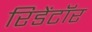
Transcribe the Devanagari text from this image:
रिडेंटॉर